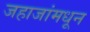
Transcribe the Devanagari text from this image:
जहाजांमधून